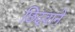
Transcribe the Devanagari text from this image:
छिदवाने